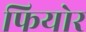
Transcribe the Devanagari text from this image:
फियोर